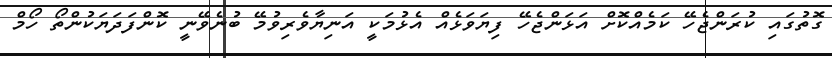
ގޮތުގައި ކުރަންޖެހޭ ކަމެއްކޮށް އަޅަންޖެހޭ ފިޔަވަޅެއް އެޅުމަކީ އަނިޔާވެރިވުމޭ ބުނެވޭނީ ކޮންފަދަޔަކުންތޯ ހޯމް